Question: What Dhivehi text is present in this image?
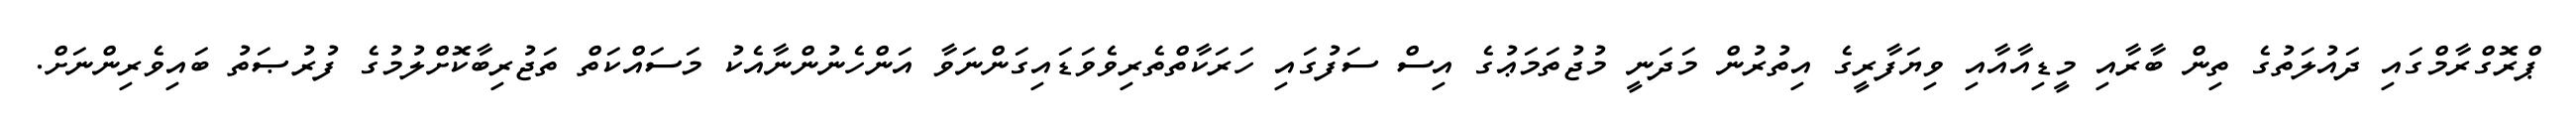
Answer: ޕްރޮގްރާމްގައި ދައުލަތުގެ ތިން ބާރާއި މީޑިއާއާއި ވިޔަފާރީގެ އިތުރުން މަދަނީ މުޖުތަމަޢުގެ އިސް ސަފުގައި ހަރަކާތްތެރިވެވަޑައިގަންނަވާ އަންހެނުންނާއެކު މަސައްކަތް ތަޖުރިބާކޮށްލުމުގެ ފުރުޞަތު ބައިވެރިންނަށް.